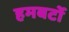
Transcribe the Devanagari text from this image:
हमबर्टो